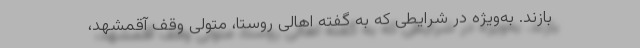
بازند. به‌ویژه در شرایطی که به گفته اهالی روستا، متولی وقف آقمشهد،